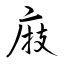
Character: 庪